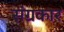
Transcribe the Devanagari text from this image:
संग्रकार